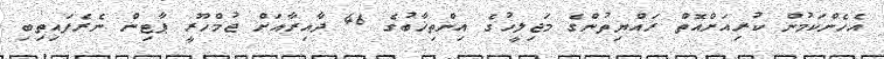
އެހެންކަމުން ކުރިއަށްއޮތް ރައްޔިތުންގެ މަޖިލީހުގެ އިންތިޚާބުގެ 46 ދާއިރާއަށް ޖުމްހޫރީ ޕާޓިން ނެރެފައިތިބި